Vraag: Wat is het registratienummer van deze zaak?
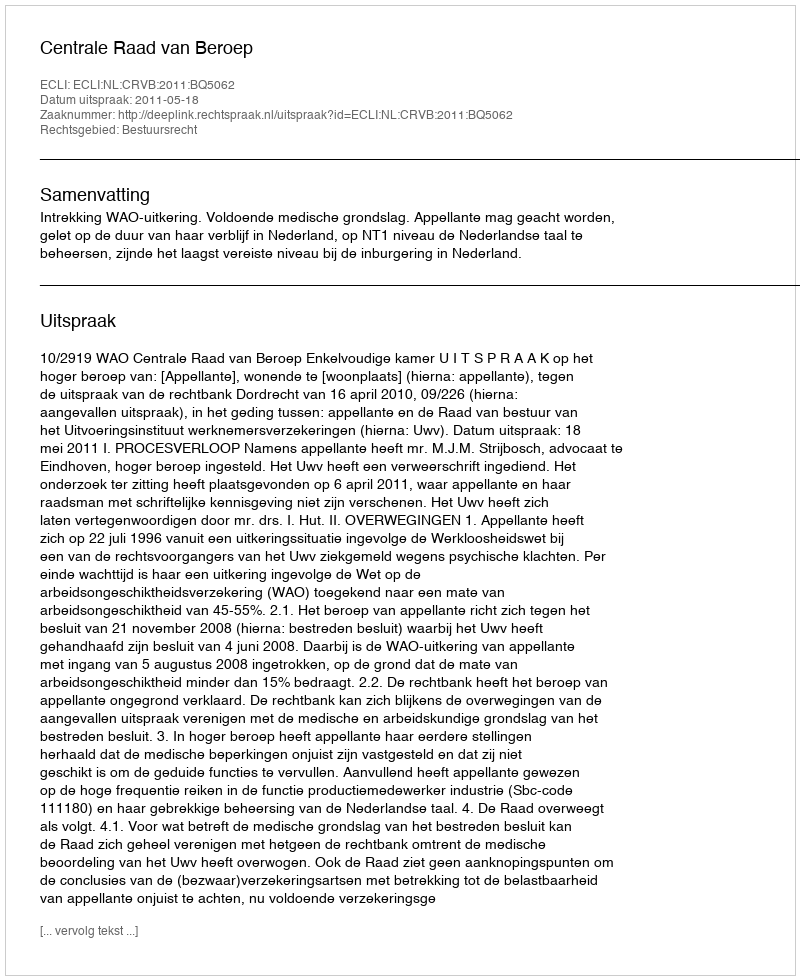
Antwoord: http://deeplink.rechtspraak.nl/uitspraak?id=ECLI:NL:CRVB:2011:BQ5062